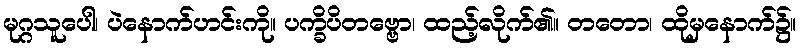
မုဂ္ဂသူပေါ၊ ပဲနောက်ဟင်းကို။ ပက္ခိပိတဗ္ဗော၊ ထည့်လိုက်၏။ တတော၊ ထိုမှနောက်၌။